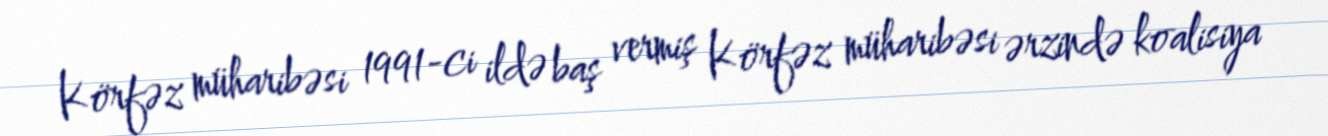
Körfəz müharibəsi 1991-ci ildə baş vermiş Körfəz müharibəsi ərzində koalisiya